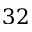
3 2